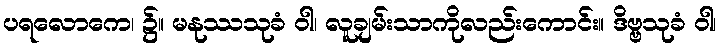
ပရလောကေ၊ ၌။ မနုဿသုခံ ဝါ၊ လူချမ်းသာကိုလည်းကောင်း။ ဒိဗ္ဗသုခံ ဝါ၊